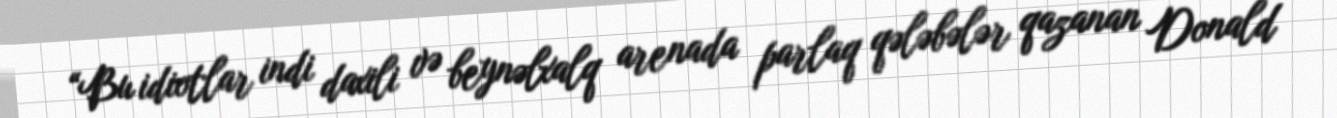
“Bu idiotlar indi daxili və beynəlxalq arenada parlaq qələbələr qazanan Donald